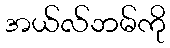
အယ်လ်ဘမ်ကို